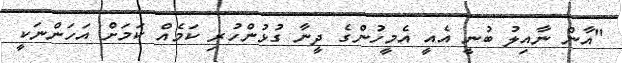
"އާން ނާއިލު ބުނީ އެއީ އެމީހުންގެ ދީނާ ގުޅުންހުރި ކަމެއް ކަމަށް އަހަންނަކީ